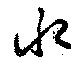
水